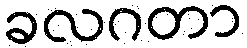
ခလဂတာ